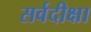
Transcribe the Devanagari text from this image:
सर्वदीक्षा